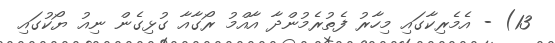
13) - އެމެރިކާގައި މިހާރު ފެތުރެމުންދާ އާއްމު ރޯގާއާ ގުޅިގެން ނިއު ޔޯކުގައި